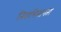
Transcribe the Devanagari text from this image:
निराभिमानता